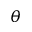
\theta